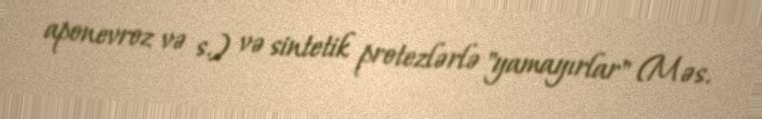
aponevroz və s.) və sintetik protezlərlə "yamayırlar" (Məs.